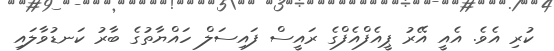
ކުރި އެވެ. އެއީ އޭރު ޕީއެފްއެފްގެ ރައީސް ފައިސަލް ހައްޔާތުގެ ބާރު ކަނޑުވާލައި